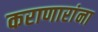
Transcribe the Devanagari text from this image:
कराणारांना